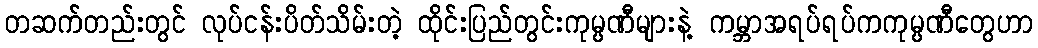
တဆက်တည်းတွင် လုပ်ငန်းပိတ်သိမ်းတဲ့ ထိုင်းပြည်တွင်းကုမ္ပဏီများနဲ့ ကမ္ဘာအရပ်ရပ်ကကုမ္ပဏီတွေဟာ